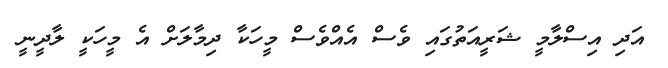
އަދި އިސްލާމީ ޝަރީއަތުގައި ވެސް އެއްވެސް މީހަކާ ދިމާލަށް އެ މީހަކީ ލާދީނީ